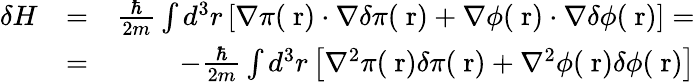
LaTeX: \begin{array}{rlr}{\delta H}&{=}&{\frac{\hbar}{2m}\int d^{3}r\left[\nabla\pi(\mathrm{\mathbf~r})\cdot\nabla\delta\pi(\mathrm{\mathbf~r})+\nabla\phi(\mathrm{\mathbf~r})\cdot\nabla\delta\phi(\mathrm{\mathbf~r})\right]=}\\ &{=}&{-\frac{\hbar}{2m}\int d^{3}r\left[\nabla^{2}\pi(\mathrm{\mathbf~r})\delta\pi(\mathrm{\mathbf~r})+\nabla^{2}\phi(\mathrm{\mathbf~r})\delta\phi(\mathrm{\mathbf~r})\right]}\end{array}